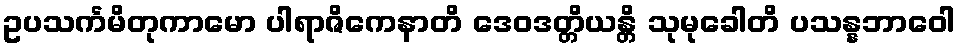
ဥပသင်္ကမိတုကာမော ပါရာဇိကေနာတိ ဒေဝဒတ္တိယန္တိ သုမုခေါတိ ပသန္နဘာဝေါ